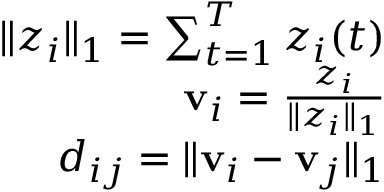
\begin{array} { r } { \| z _ { i } \| _ { 1 } = \sum _ { t = 1 } ^ { T } z _ { i } ( t ) } \\ { \mathbf { v } _ { i } = \frac { z _ { i } } { \| z _ { i } \| _ { 1 } } } \\ { d _ { i j } = \| \mathbf { v } _ { i } - \mathbf { v } _ { j } \| _ { 1 } } \end{array}